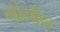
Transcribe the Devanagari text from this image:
मोलीन